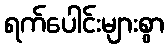
ရက်ပေါင်းများစွာ